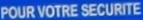
POUR VOTRE SECURITE